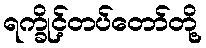
ရက္ခိုင့်တပ်တော်တို့